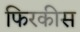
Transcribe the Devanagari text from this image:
फिरकीस